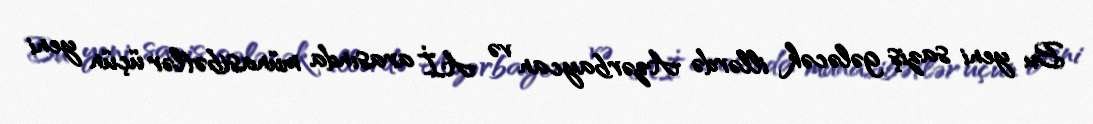
Bu yeni saziş gələcək illərdə Azərbaycan və Aİ arasında münasibətlər üçün yeni